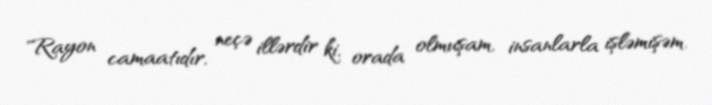
"Rayon camaatıdır, neçə illərdir ki, orada olmuşam, insanlarla işləmişəm.